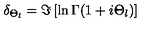
\delta _ { \Theta _ { l } } = \Im \left[ \ln \Gamma ( 1 + i \Theta _ { l } ) \right]